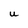
Character: U